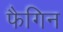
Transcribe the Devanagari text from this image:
फैगिन